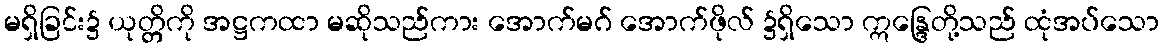
မရှိခြင်း၌ ယုတ္တိကို အဋ္ဌကထာ မဆိုသည်ကား အောက်မဂ် အောက်ဖိုလ် ၌ရှိသော ဣန္ဒြေတို့သည် ထုံအပ်သော